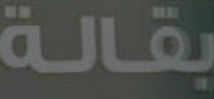
بقالة